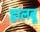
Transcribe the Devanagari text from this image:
हालवू